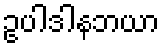
ဥပါဒါနဘယာ